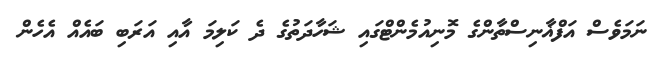
ނަމަވެސް އަފްޣާނިސްތާންގެ މޮނިއުމެންޓްގައި ޝަހާދަތުގެ ދެ ކަލިމަ އާއި އަރަބި ބައެއް އެހެން